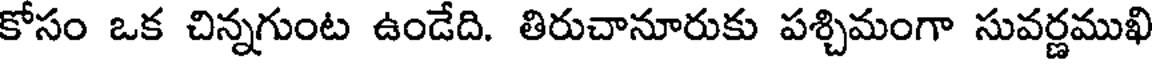
కోసం ఒక చిన్నగుంట ఉండేది. తిరుచానూరుకు పశ్చిమంగా సువర్ణముఖి